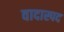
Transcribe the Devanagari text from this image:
वादास्पद